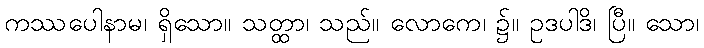
ကဿပေါနာမ၊ ရှိသော။ သတ္ထာ၊ သည်။ လောကေ၊ ၌။ ဥဒပါဒိ၊ ပြီ။ သော၊